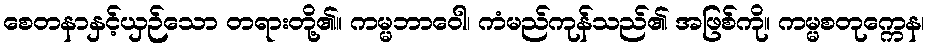
စေတနာနှင့်ယှဉ်သော တရားတို့၏။ ကမ္မဘာဝေါ၊ ကံမည်ကုန်သည်၏ အဖြစ်ကို။ ကမ္မစတုက္ကေန၊